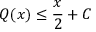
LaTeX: Q ( x ) \leq { \frac { x } { 2 } } + C